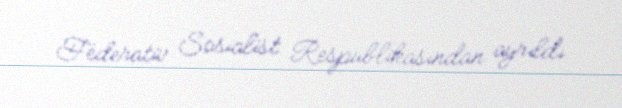
Federativ Sosialist Respublikasından ayrıldı.